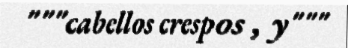
"""cabellos crespos , y"""